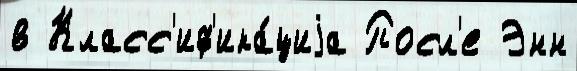
в Класс'иф'ика́циjа Посл'е Энн